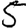
Digit: 5